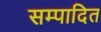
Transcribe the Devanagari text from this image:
सम्‍पादित